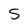
Character: S